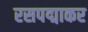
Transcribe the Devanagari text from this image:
रसपद्माकर